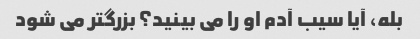
بله، آیا سیب آدم او را می بینید؟ بزرگتر می شود